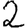
Digit: 2